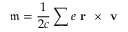
\mathfrak { m } = \frac { 1 } { 2 c } \sum e \textbf { r } \times \textbf { v }